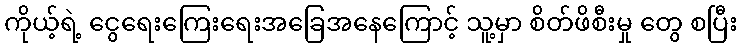
ကိုယ့်ရဲ့ ငွေရေးကြေးရေးအခြေအနေကြောင့် သူ့မှာ စိတ်ဖိစီးမှု တွေ စပြီး